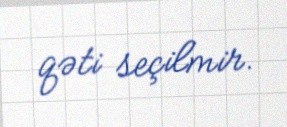
qəti seçilmir.